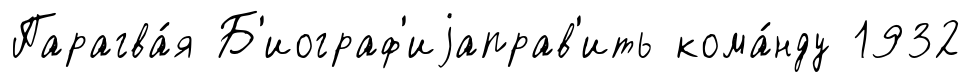
Парагва́я Б'иограф'иjаправ'ить кома́нду 1932